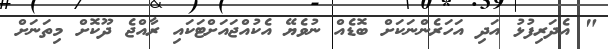
" އެދަރިފުޅު އަދި އަހަރެންނަކަށް ބޮޑެއް ނުވެޔޭ އެކުއްޖައަށްޓަކައި ރާއްޖެ ދޫކޮށް މިތަނަށް